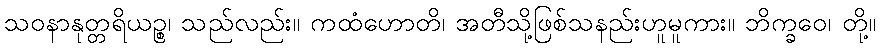
သဝနာနုတ္တရိယဉ္စ၊ သည်လည်း။ ကထံဟောတိ၊ အတီသို့ဖြစ်သနည်းဟူမူကား။ ဘိက္ခဝေ၊ တို့။